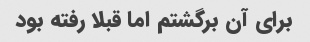
برای آن برگشتم اما قبلا رفته بود